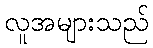
လူအများသည်